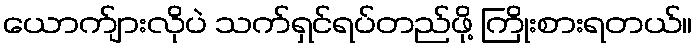
ယောက်ျားလိုပဲ သက်ရှင်ရပ်တည်ဖို့ ကြိုးစားရတယ်။